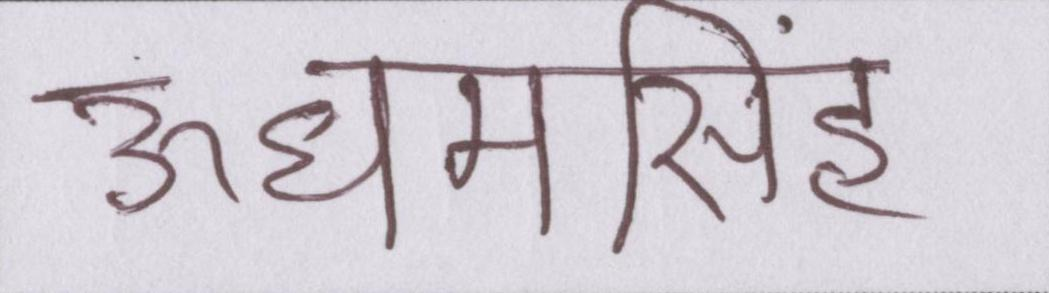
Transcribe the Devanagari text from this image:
ऊधमसिंह